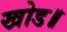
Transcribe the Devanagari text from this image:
खोड॥